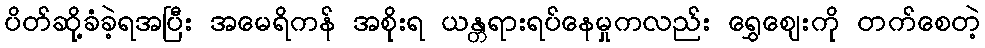
ပိတ်ဆို့ခံခဲ့ရအပြီး အမေရိကန် အစိုးရ ယန္တရားရပ်နေမှုကလည်း ရွှေဈေးကို တက်စေတဲ့